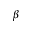
\beta